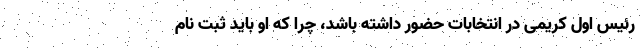
رئیس اول کریمی در انتخابات حضور داشته باشد، چرا که او باید ثبت نام